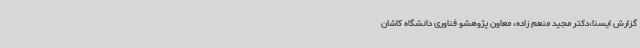
گزارش ایسنا،دکتر مجید منعم زاده، معاون پژوهشو فناوری دانشگاه کاشان